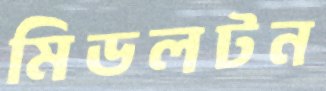
মিডলটন